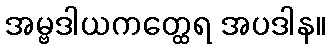
အမ္ဗဒါယကတ္ထေရ အပဒါန။